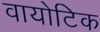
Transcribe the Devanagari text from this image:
वायोटिक